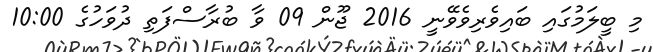
މި ބީލަމުގައި ބައިވެރިވެވޭނީ 2016 ޖޫން 09 ވާ ބުރާސްފަތި ދުވަހުގެ 10:00